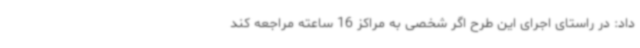
داد: در راستای اجرای این طرح اگر شخصی به مراکز 16 ساعته مراجعه کند